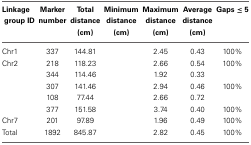
<table><thead><tr><td><b>Linkage group ID</b></td><td><b>Marker number</b></td><td><b>Total distance (cm)</b></td><td><b>Minimum distance (cm)</b></td><td><b>Maximum distance (cm)</b></td><td><b>Average distance(cm)</b></td><td><b>Gaps ≤ 5</b></td></tr></thead><tbody><tr><td>Chr1</td><td>337</td><td>144.81</td><td>[EMPTY_CELL]</td><td>2.45</td><td>0.43</td><td>100%</td></tr><tr><td>Chr2</td><td>218</td><td>118.23</td><td>[EMPTY_CELL]</td><td>2.66</td><td>0.54</td><td>100%</td></tr><tr><td>[EMPTY_CELL]</td><td>344</td><td>114.46</td><td>[EMPTY_CELL]</td><td>1.92</td><td>0.33</td><td>[EMPTY_CELL]</td></tr><tr><td>[EMPTY_CELL]</td><td>307</td><td>141.46</td><td>[EMPTY_CELL]</td><td>2.94</td><td>0.46</td><td>100%</td></tr><tr><td>[EMPTY_CELL]</td><td>108</td><td>77.44</td><td>[EMPTY_CELL]</td><td>2.66</td><td>0.72</td><td>[EMPTY_CELL]</td></tr><tr><td>[EMPTY_CELL]</td><td>377</td><td>151.58</td><td>[EMPTY_CELL]</td><td>3.74</td><td>0.40</td><td>100%</td></tr><tr><td>Chr7</td><td>201</td><td>97.89</td><td>[EMPTY_CELL]</td><td>1.96</td><td>0.49</td><td>100%</td></tr><tr><td>Total</td><td>1892</td><td>845.87</td><td>[EMPTY_CELL]</td><td>2.82</td><td>0.45</td><td>100%</td></tr></tbody></table>